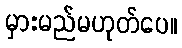
မှားမည်မဟုတ်ပေ။